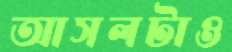
আসলটাও